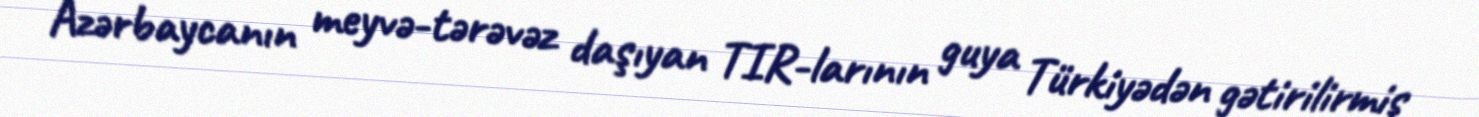
Azərbaycanın meyvə-tərəvəz daşıyan TIR-larının guya Türkiyədən gətirilirmiş